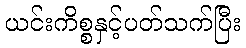
ယင်းကိစ္စနှင့်ပတ်သက်ပြီး